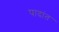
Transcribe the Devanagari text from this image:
पादांत